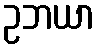
ဥဘယာ